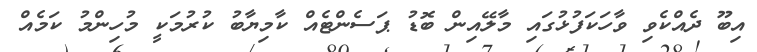
އިބޫ ދެއްކެވި ވާހަކަފުޅުގައި މާލޭއިން ބޮޑު ޕަސެންޓެއް ކާމިޔާބު ކުރުމަކީ މުހިންމު ކަމެއް